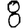
Digit: 8